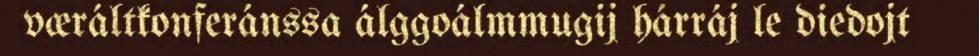
væráltkonferánssa álggoálmmugij hárráj le diedojt